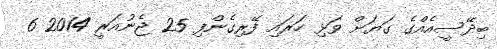
ބިދޭސީއެއްގެ ގަޔަށް ވަޅި ހަރައި ފޭރިގެންފި 25 ޖެނުއަރީ 2014 6